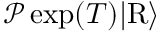
\begin{array} { r } { \mathcal { P } \exp ( T ) \vert \mathrm { R } \rangle } \end{array}